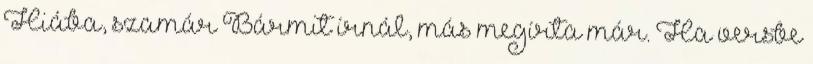
Hiába, szamár Bármit írnál, más megírta már. Ha versbe